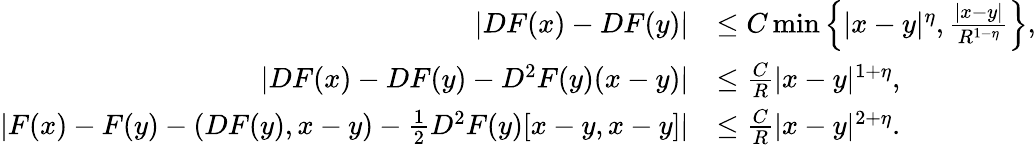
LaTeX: \begin{array}{rl}{|DF(x)-DF(y)|}&{\le C\operatorname*{min}\left\{ |x-y|^{\eta},\frac{|x-y|}{R^{1-\eta}}\right\} ,}\\ {|DF(x)-DF(y)-D^{2}F(y)(x-y)|}&{\le\frac{C}{R}|x-y|^{1+\eta},}\\ {|F(x)-F(y)-(DF(y),x-y)-\frac{1}{2}D^{2}F(y)[x-y,x-y]|}&{\le\frac{C}{R}|x-y|^{2+\eta}.}\end{array}